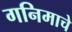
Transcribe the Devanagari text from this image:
गनिमाचे